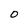
Character: 0